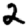
Digit: 2